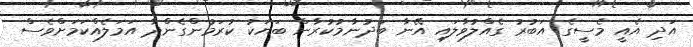
އަދި އެއީ މެސީގެ އަބުރު ގެއްލުވާލައި އޭނާ ބަދުނާމުކުރާން ބަޔަކު ކުރަމުންގެންދާ އަމަލެއްކަމަށްވެސް